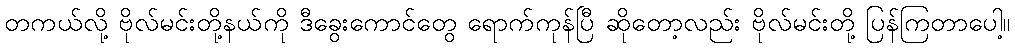
တကယ်လို့ ဗိုလ်မင်းတို့နယ်ကို ဒီခွေးကောင်တွေ ရောက်ကုန်ပြီ ဆိုတော့လည်း ဗိုလ်မင်းတို့ ပြန်ကြတာပေါ့။